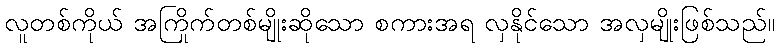
လူတစ်ကိုယ် အကြိုက်တစ်မျိုးဆိုသော စကားအရ လှနိုင်သော အလှမျိုးဖြစ်သည်။